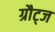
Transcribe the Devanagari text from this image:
ग्रौट्ज